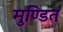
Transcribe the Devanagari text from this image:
मुण्डित